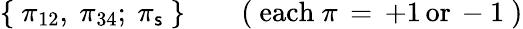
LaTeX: \{ \ \pi_{12},\ \pi_{34};\ \pi_{\mathsf{s}}\ \} \qquad(\ \mathrm{{each}}\ \pi\, =\, +1\, \mathrm{{or}}\, -1\ )